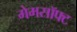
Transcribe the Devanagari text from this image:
गेमसॉफ्ट